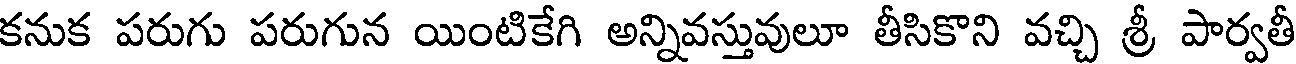
కనుక పరుగు పరుగున యింటికేగి అన్నివస్తువులూ తీసికొని వచ్చి శ్రీ పార్వతీ